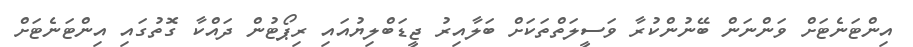
އިންޓަނެޓަށް ވަންނަން ބޭނުންކުރާ ވަސީލަތްތަކަށް ބަލާއިރު ޖީޑަބްލިޔުއައި ރިޕޯޓުން ދައްކާ ގޮތުގައި އިންޓަނެޓަށް